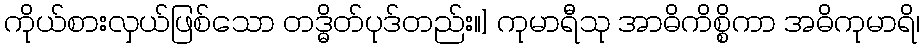
ကိုယ်စားလှယ်ဖြစ်သော တဒ္ဓိတ်ပုဒ်တည်း။] ကုမာရီသု အာဓိကိစ္စိကာ အဓိကုမာရိ၊